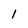
Character: 1